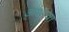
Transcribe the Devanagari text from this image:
अशाया